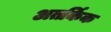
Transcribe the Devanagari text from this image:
अतर्किक